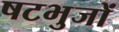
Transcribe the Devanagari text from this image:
षटभुजों